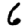
Digit: 6